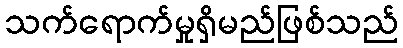
သက်ရောက်မှုရှိမည်ဖြစ်သည်